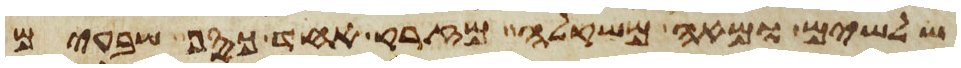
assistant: שלשים ומאה משקלה מזרק אחד כסף שבעים